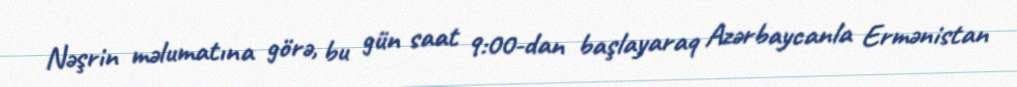
Nəşrin məlumatına görə, bu gün saat 9:00-dan başlayaraq Azərbaycanla Ermənistan